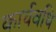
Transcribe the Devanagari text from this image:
कार्यवधि